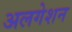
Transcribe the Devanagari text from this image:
अलगेशन